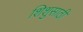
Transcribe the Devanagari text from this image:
शिशुसाठी